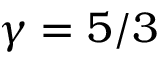
\gamma = 5 / 3